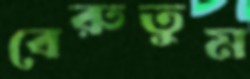
বেরুতুম